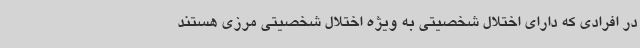
در افرادی که دارای اختلال شخصیتی به ویژه اختلال شخصیتی مرزی هستند